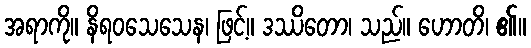
အရာကို။ နိရဝသေသေန၊ ဖြင့်။ ဒဿိတော၊ သည်။ ဟောတိ၊ ၏။